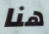
هنا